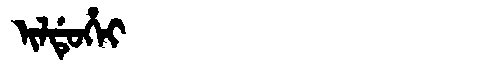
Manchu: ᡳᠯᡩᡠᡥᡝᡳ
Romanization: ILDUHEI